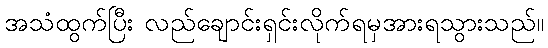
အသံထွက်ပြီး လည်ချောင်းရှင်းလိုက်ရမှအားရသွားသည်။